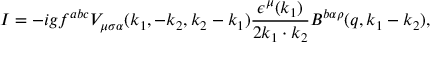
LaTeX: I = - i g f ^ { a b c } V _ { \mu \sigma \alpha } ( k _ { 1 } , - k _ { 2 } , k _ { 2 } - k _ { 1 } ) \frac { \epsilon ^ { \mu } ( k _ { 1 } ) } { 2 k _ { 1 } \cdot k _ { 2 } } B ^ { b \alpha \rho } ( q , k _ { 1 } - k _ { 2 } ) ,